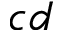
c d